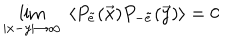
\lim _ { \vert x - y \vert \rightarrow \infty } ~ \langle P _ { \tilde { e } } ( \vec { x } ) P _ { - \tilde { e } } ( \vec { y } ) \rangle = 0